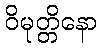
ဝိမုတ္တိနော